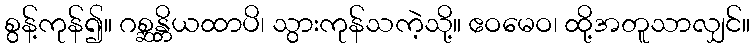
စွန့်ကုန်၍။ ဂစ္ဆန္တိယထာပိ၊ သွားကုန်သကဲ့သို့။ ဧဝမေဝ၊ ထို့အတူသာလျှင်။